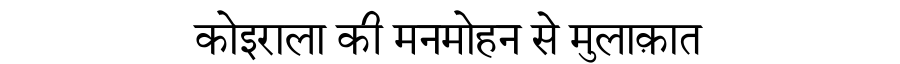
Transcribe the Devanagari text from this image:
कोइराला की मनमोहन से मुलाक़ात